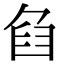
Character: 𦥢